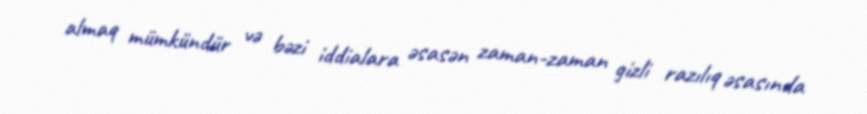
almaq mümkündür və bəzi iddialara əsasən zaman-zaman gizli razılıq əsasında